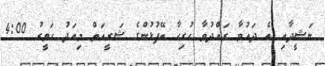
ނަޝީދާއި އެ ދައުވާ ރައްދުވާ ހުރިހާ ބޭފުޅުންގެ ޝަރީއަތް މިއަދު ހަވީރު 4:00